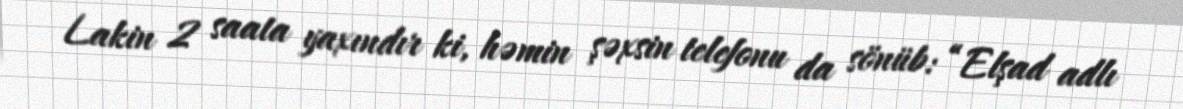
Lakin 2 saata yaxındır ki, həmin şəxsin telefonu da sönüb: “Elşad adlı